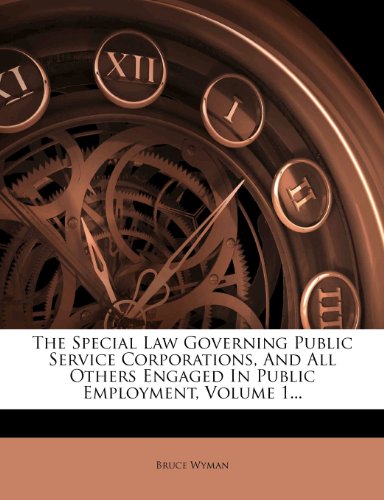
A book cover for The Special Law Governing Public Service Corporations, And All Others Engaged In Public Employment, Volume 1...; Bruce Wyman; Law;